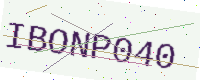
Text: IBONP040